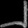
Digit: ၂